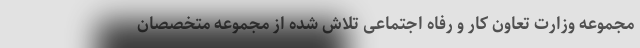
مجموعه وزارت تعاون کار و رفاه اجتماعی تلاش شده از مجموعه متخصصان